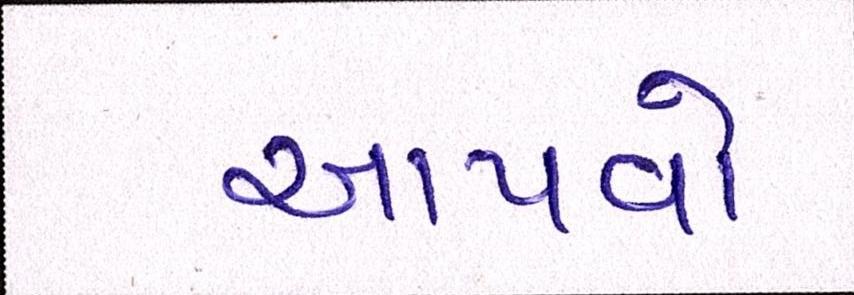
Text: આપવો